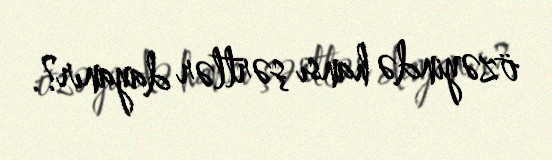
özəyində hansı şərtlər dayanır?.